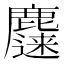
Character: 𱋀